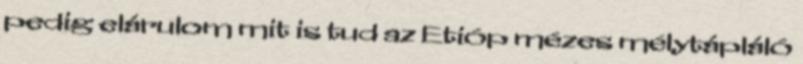
pedig elárulom mit is tud az Etióp mézes mélytápláló